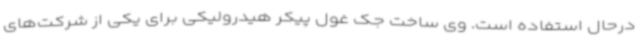
درحال استفاده است. وی ساخت جک غول پیکر هیدرولیکی برای یکی از شرکت‌های